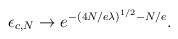
\begin{align*}\epsilon_{c,N} \rightarrow e^{- \left( 4 N / e \lambda \right)^{1/2} - N / e}.\end{align*}